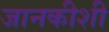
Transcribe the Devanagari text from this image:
जानकीशी